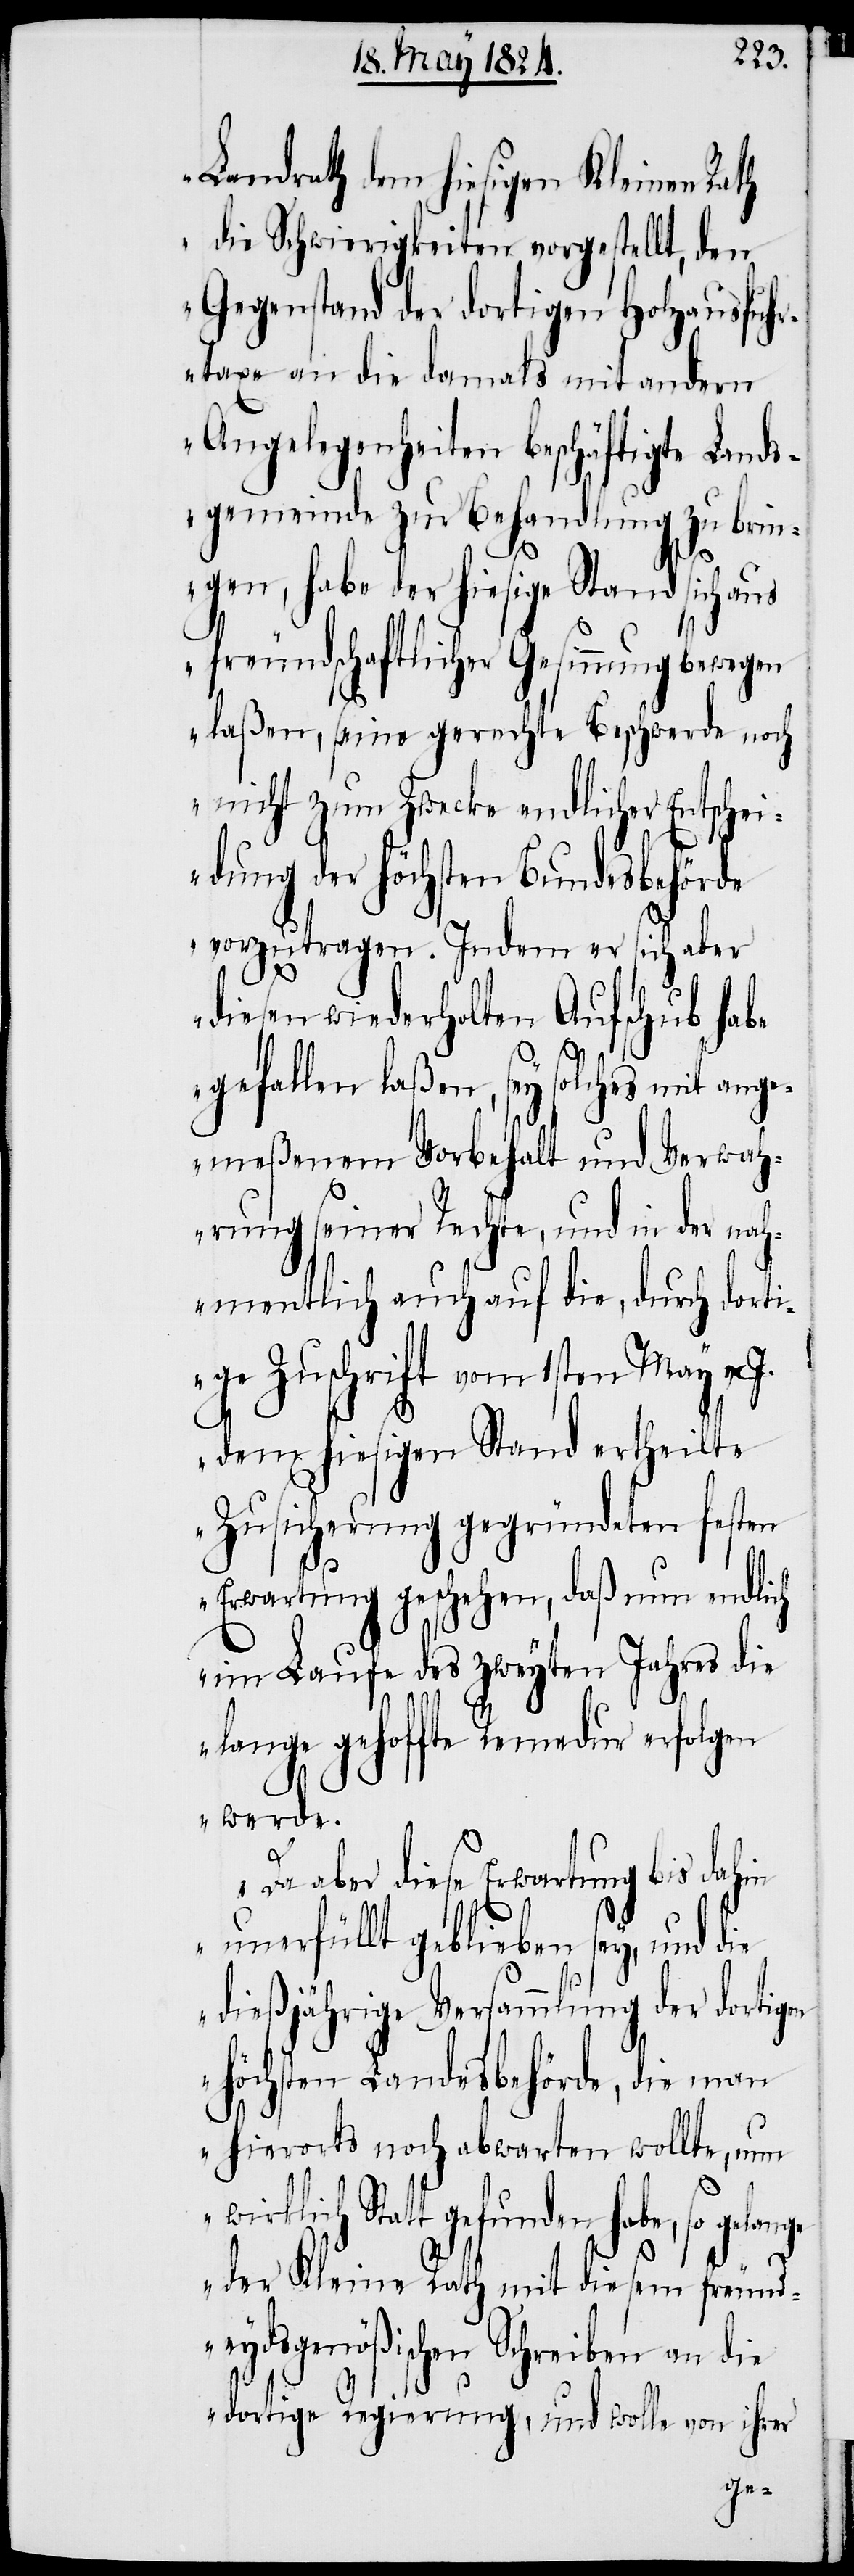
Landrath dem hiesigen Kleinen Rath
die Schwierigkeiten vorgestellt, den
Gegenstand der dortigen Holzausfuh¬
rtaxe an die damals mit andern
Angelegenheiten beschäftigte Lands¬
gemeinde zur Behandlung zu brin¬
gen, habe der hiesige Stand sich aus
freundschaftlicher Gesinnung bewegen
laßen, seine gerechte Beschwerde noch
nicht zum Zwecke endlicher Entschei¬
dung der höchsten Bundesbehörde
vorzutragen. Indem er sich aber
diesen wiederholten Aufschub habe
gefallen laßen, sey solches mit ang¬
emeßenem Vorbehalt und Verwah¬
rung seiner Rechte, und in der nah¬
mentlich auch auf die, durch dorti¬
ge Zuschrift vom 1sten May v.
dem hiesigen Stand ertheilte
Zusicherung gegründeten festen
Erwartung geschehen, daß nun endlich
im Laufe des zweyten Jahres die
lange gehoffte Remedur erfolgen
werde.
Da aber diese Erwartung bis
unerfüllt geblieben sey, und die
dießjährige Versammlung der dortigen
höchsten Landesbehörde, die man
hierorts noch abwarten wollte, nun
wirklich Statt gefunden habe,
der Kleine Rath mit diesem freund¬
eydsgenößischen Schreiben an die
dortige Regierung, und wolle von ihrer